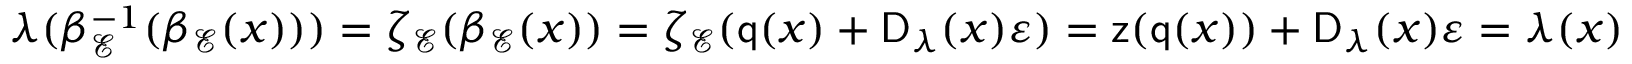
\begin{array} { r } { \lambda ( \beta _ { \mathcal { E } } ^ { - 1 } ( \beta _ { \mathcal { E } } ( x ) ) ) = \zeta _ { \mathcal { E } } ( \beta _ { \mathcal { E } } ( x ) ) = \zeta _ { \mathcal { E } } ( \mathsf { q } ( x ) + \mathsf { D } _ { \lambda } ( x ) \varepsilon ) = \mathsf { z } ( \mathsf { q } ( x ) ) + \mathsf { D } _ { \lambda } ( x ) \varepsilon = \lambda ( x ) } \end{array}